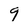
Character: 9